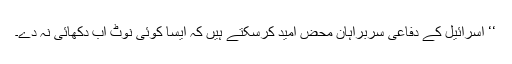
‘‘ اسرائیل کے دفاعی سربراہان محض امید کرسکتے ہیں کہ ایسا کوئی نوٹ اب دکھائی نہ دے۔